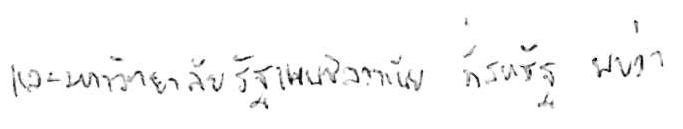
และมหาวิทยาลัยรัฐเพนซิลวาเนีย ที่สหรัฐ พบว่า